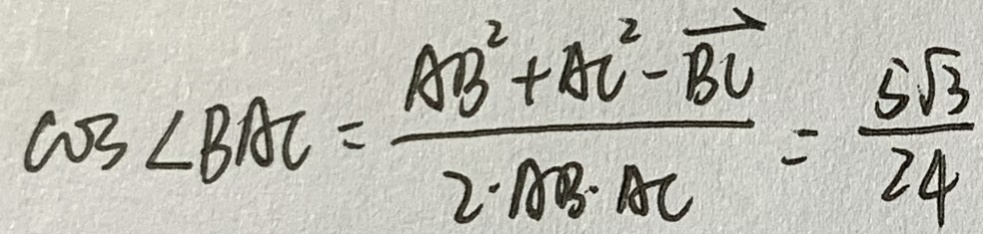
\cos \angle B A C = \frac { A B ^ { 2 } + A C ^ { 2 } - \overrightarrow { B C } } { 2 \cdot A B \cdot A C } = \frac { 5 \sqrt { 3 } } { 2 4 }